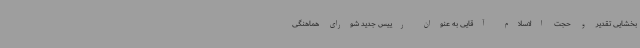
بخشایی تقدیر و حجت الاسلام آقایی به عنوان رییس جدید شورای هماهنگی